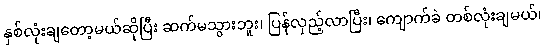
နှစ်လုံးချတော့မယ်ဆိုပြီး ဆက်မသွားဘူး၊ ပြန်လှည့်လာပြီး၊ ကျောက်ခဲ တစ်လုံးချမယ်၊